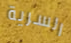
السرية